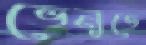
ভেনুতে